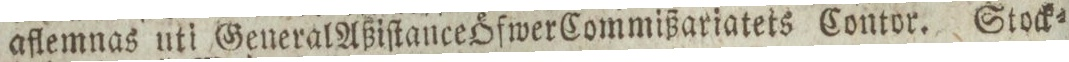
aflemnas uti General Aßiſtance Öfwer Commißariatets Contor. Stock=